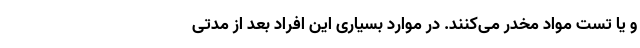
و یا تست مواد مخدر می‌کنند. در موارد بسیاری این افراد بعد از مدتی